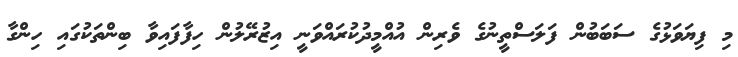
މި ފިޔަވަޅުގެ ސަބަބުން ފަލަސްތީނުގެ ވެރިން އުއްމީދުކުރައްވަނީ އިޒުރޭލުން ހިފާފައިވާ ބިންތަކުގައި ހިންގާ